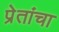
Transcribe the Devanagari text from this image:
प्रेतांचा